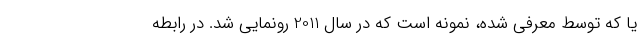
یا که توسط معرفی شده، نمونه است که در سال 2011 رونمایی شد. در رابطه